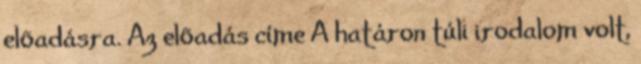
elõadásra. Az elõadás címe A határon túli irodalom volt,